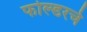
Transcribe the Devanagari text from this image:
फोल्डरचे